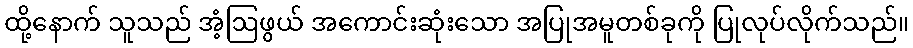
ထို့နောက် သူသည် အံ့ဩဖွယ် အကောင်းဆုံးသော အပြုအမူတစ်ခုကို ပြုလုပ်လိုက်သည်။